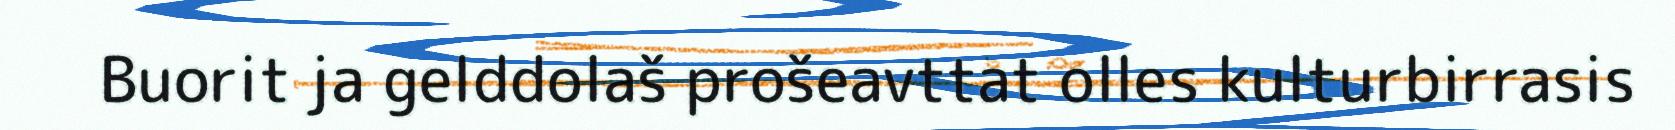
Buorit ja gelddolaš prošeavttat olles kulturbirrasis